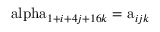
\mathrm { \ a l p h a } _ { 1 + i + 4 j + 1 6 k } = \mathrm { a } _ { i j k }